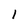
Character: 1